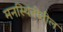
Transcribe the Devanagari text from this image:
मनस्थितीतील